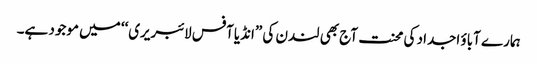
ہمارے آباؤ اجداد کی محنت آج بھی لندن کی ”انڈیا آفس لائبریری‘‘ میں موجود ہے۔